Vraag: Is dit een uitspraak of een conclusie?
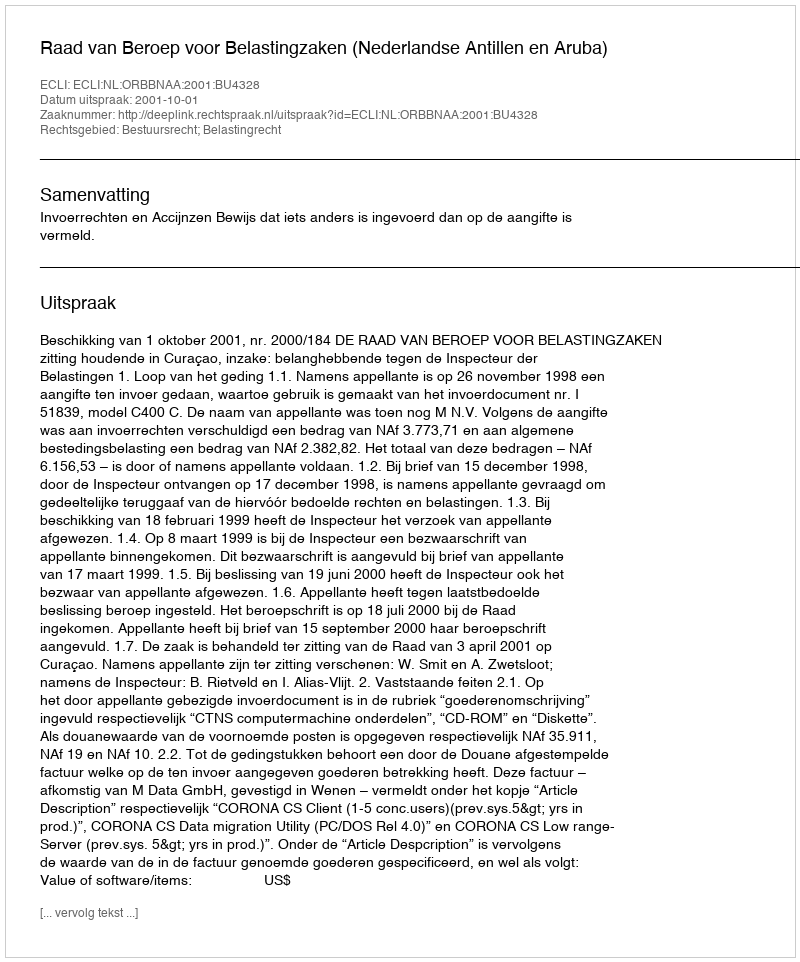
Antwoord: Uitspraak